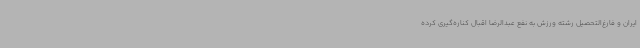
ایران و فارغ‌التحصیل رشته ورزش به نفع عبدالرضا اقبال کناره‌گیری کرده